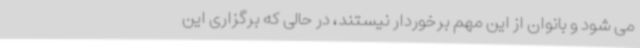
می شود و بانوان از این مهم برخوردار نیستند، در حالی که برگزاری این